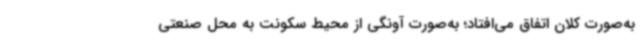
به‌صورت کلان اتفاق می‌افتاد؛ به‌صورت آونگی از محیط سکونت به محل صنعتی